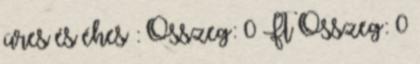
üres és éhes : Összeg: 0 Ft Összeg: 0